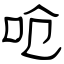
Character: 呛